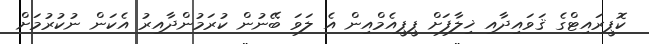
ކޮޕީރައިޓްގެ ޤަވައިދާއި ޚިލާފަށް ޕީޕީއެމްއިން އެ ލަވަ ބޭނުން ކުރަމުންދާއިރު އެކަން ނުކުރުމަށް